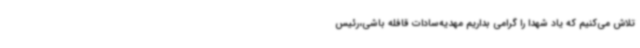
تلاش می‌کنیم که یاد شهدا را گرامی بداریم مهدیه‌سادات قافله باشی،رئیس